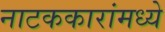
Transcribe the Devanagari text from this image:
नाटककारांमध्ये